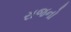
રાજનો